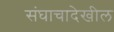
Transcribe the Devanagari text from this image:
संघाचादेखील